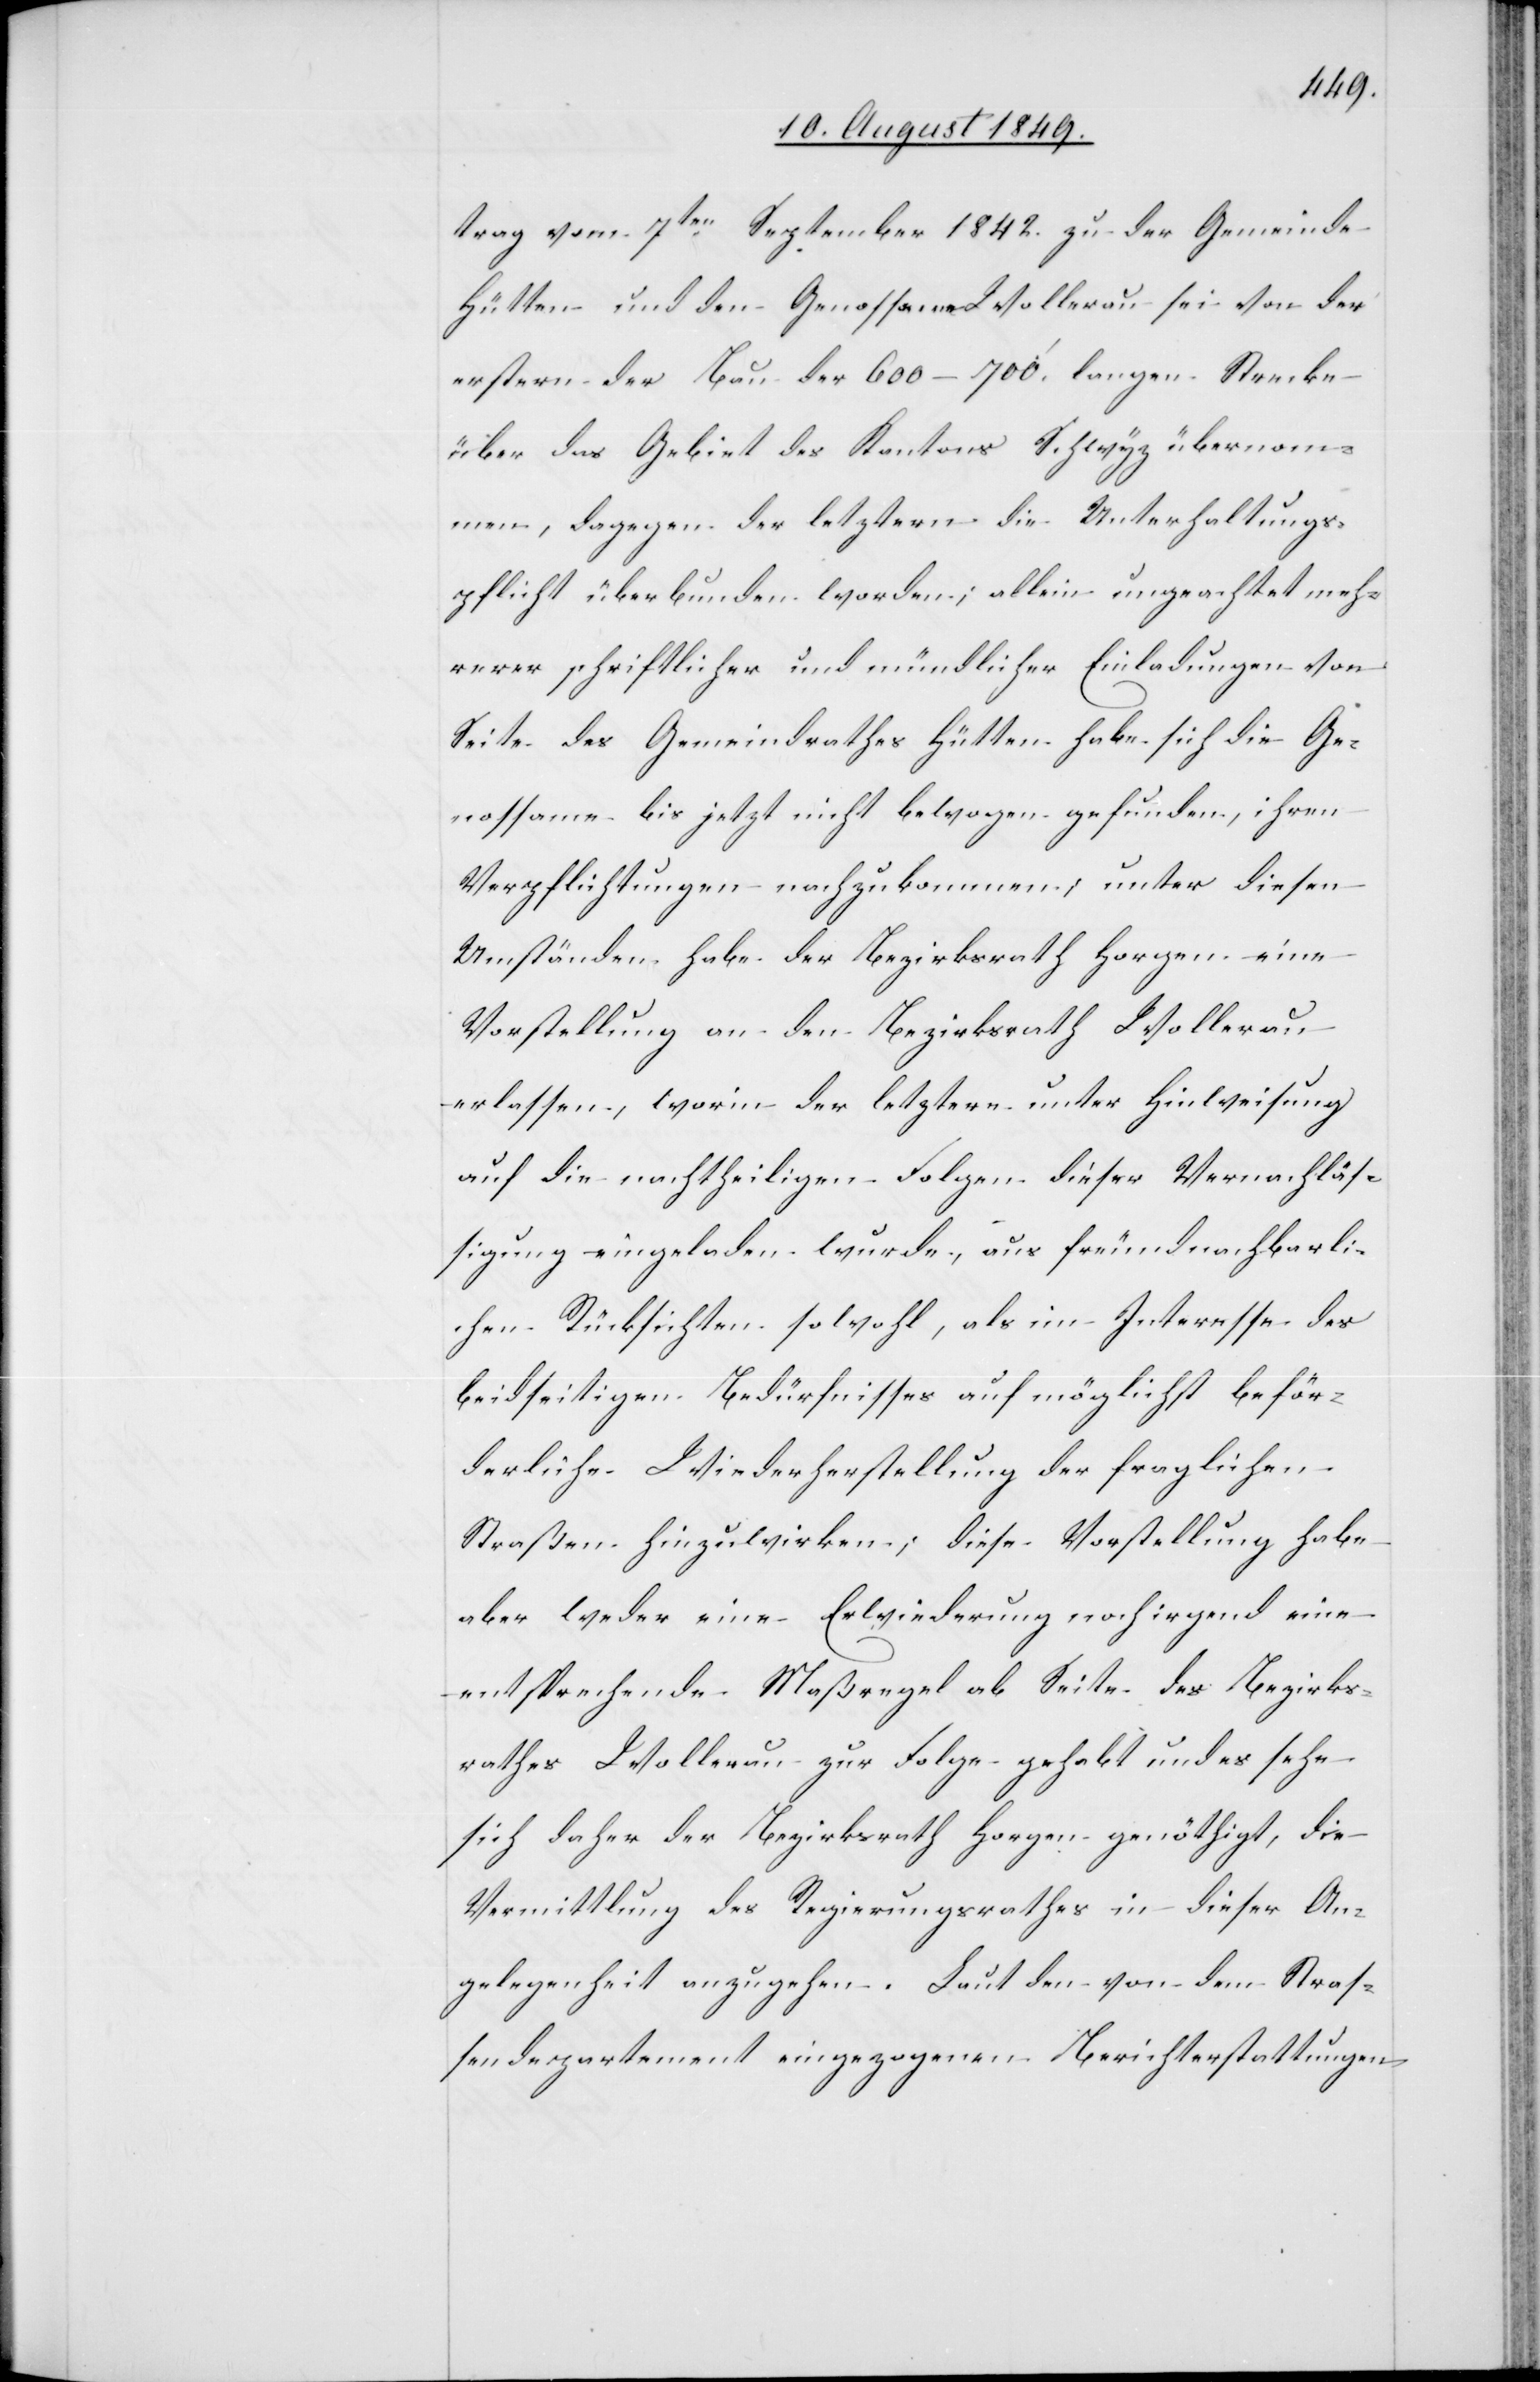
trag vom 7ten September 1842. zu der Gemeinde
Hütten und den Genossame Wollerau sei von der
erstern der Bau der 600–700‘. langen Strecke
über das Gebiet des Kantons Schwyz übernom¬
men, dagegen der letztern die Unterhaltungs¬
pflicht überbunden worden; allein ungeachtet meh¬
rerer schriftlicher und mündlicher Einladungen von
Seite des Gemeindrathes Hütten habe sich die Ge¬
nossame bis jetzt nicht bewogen gefunden, ihren
Verpflichtungen nachzukommen; unter diesen
Umständen habe der Bezirksrath Horgen eine
Vorstellung an den Bezirksrath Wollerau
erlassen, worin der letztere unter Hinweisung
auf die nachtheiligen Folgen dieser Vernachläs¬
sigung eingeladen wurde, aus freundnachbarli¬
chen Rücksichten sowohl, als im Interesse des
beidseitigen Bedürfnisses auf möglichst beför¬
derliche Wiederherstellung der fraglichen
Straßen hinzuwirken; diese Vorstellung habe
aber weder eine Erwiederung noch irgend eine
entsprechende Maßregel ab Seite des Bezirks¬
rathes Wollerau zur Folge gehabt und es sehe
sich daher der Bezirksrath Horgen genöthigt, die
Vermittlung des Regierungsrathes in dieser An¬
gelegenheit anzugehen. Laut den von dem Stras¬
sendepartement eingezogenen Berichterstattungen